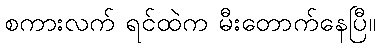
စကားလက် ရင်ထဲက မီးတောက်နေပြီ။